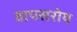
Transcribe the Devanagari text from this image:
वापसरोय